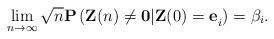
LaTeX: \begin{align*}\lim_{n\rightarrow \infty }\sqrt{n}\mathbf{P}\left( \mathbf{Z}(n)\neq\mathbf{0|Z(}0\mathbf{)=e}_{i}\right) =\beta _{i}. \end{align*}